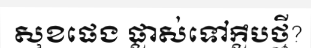
សុខផេង ផ្លាស់ទៅក្លឹបថ្មី?